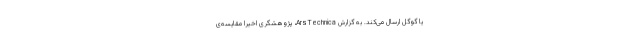
یا گوگل ارسال می‌کند. به‌ گزارش ArsTechnica، پژوهشگری اخیرا مقایسه‌ی